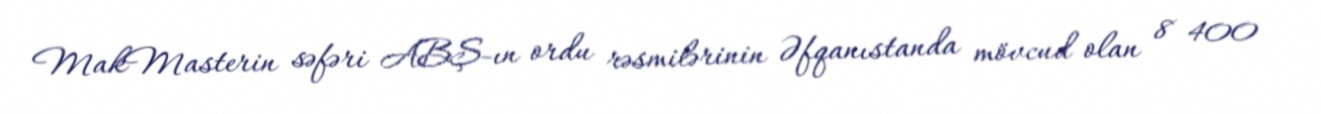
MakMasterin səfəri ABŞ-ın ordu rəsmilərinin Əfqanıstanda mövcud olan 8 400